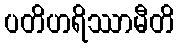
ပတိဟရိဿာမီတိ